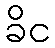
ခိင